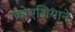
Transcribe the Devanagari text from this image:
क्रोएशियाने